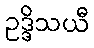
ဥဒ္ဒိသယီ